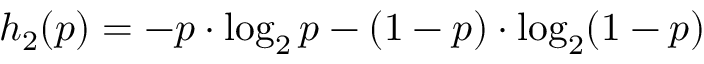
h _ { 2 } ( p ) = - p \cdot \log _ { 2 } p - ( 1 - p ) \cdot \log _ { 2 } ( 1 - p )